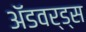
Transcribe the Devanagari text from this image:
ॲडवर्ड्स